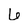
Character: 6